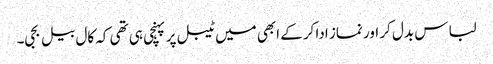
لباس بدل کر اور نماز ادا کرکے ابھی میں ٹیبل پر پہنچی ہی تھی کہ کال بیل بجی۔